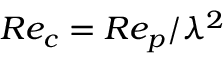
R e _ { c } = R e _ { p } / \lambda ^ { 2 }